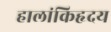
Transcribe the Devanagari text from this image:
हालांकिहृदय